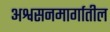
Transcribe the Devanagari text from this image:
अश्वसनमार्गातील